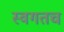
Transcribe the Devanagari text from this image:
स्वगतच